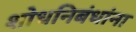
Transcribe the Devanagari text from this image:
शोधनिबंधांना